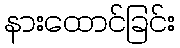
နားထောင်ခြင်း